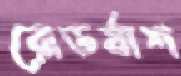
রোডর্যাশ